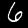
Digit: 6